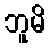
ဘူမိ